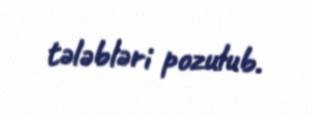
tələbləri pozulub.